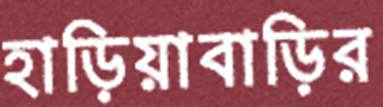
হাড়িয়াবাড়ির